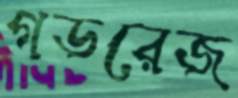
গডরেজ